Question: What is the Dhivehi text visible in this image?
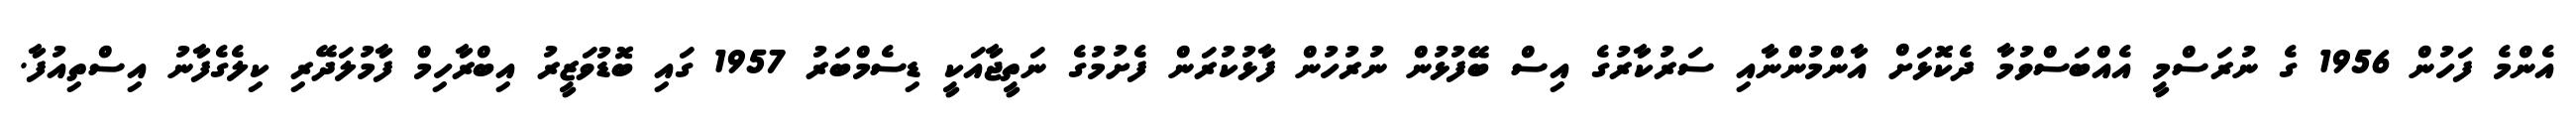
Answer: އެންމެ ފަހުން 1956 ގެ ނުރަސްމީ އެއްބަސްވުމާ ދެކޮޅަށް އާންމުންނާއި ސަރުކާރުގެ އިސް ބޭފުޅުން ނުރުހުން ފާޅުކުރަން ފެށުމުގެ ނަތީޖާއަކީ ޑިސެމްބަރު 1957 ގައި ބޮޑުވަޒީރު އިބްރާހިމް ފާމުލަދޭރި ކިލެގެފާނު އިސްތިއުފާ.